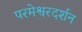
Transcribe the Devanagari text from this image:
परमेश्वरदर्शन